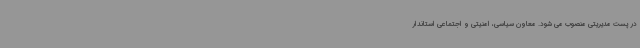
در پست مدیریتی منصوب می شود. معاون سیاسی، امنیتی و اجتماعی استاندار